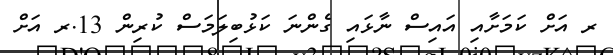
ރ އަށް ކަމަށާއި އައިސް ނާޅައި ގެންނަ ކަޅުބިލަމަސް ކުރިން 13.ރ އަށް